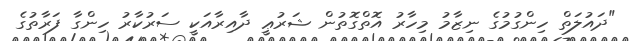
"ދައުލަތް ހިންގުމުގެ ނިޒާމު މިހާރު އޮތްގޮތުން ޝަރުޢީ ދާއިރާއަކީ ސަރުކާރު ހިންގާ ފަރާތުގެ